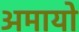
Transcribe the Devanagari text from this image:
अमायो